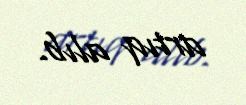
artıq alıb.